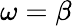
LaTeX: \omega=\beta